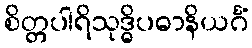
စိတ္တပါရိသုဒ္ဓိပဓာနိယင်္ဂံ